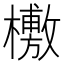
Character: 𣞒